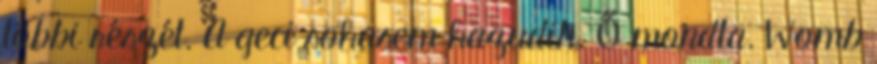
többi részét. A geci sohasem hazudik. Ő mondta. Womb